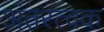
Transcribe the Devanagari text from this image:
अंतरत्वक